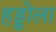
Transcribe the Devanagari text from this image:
हड्डोला